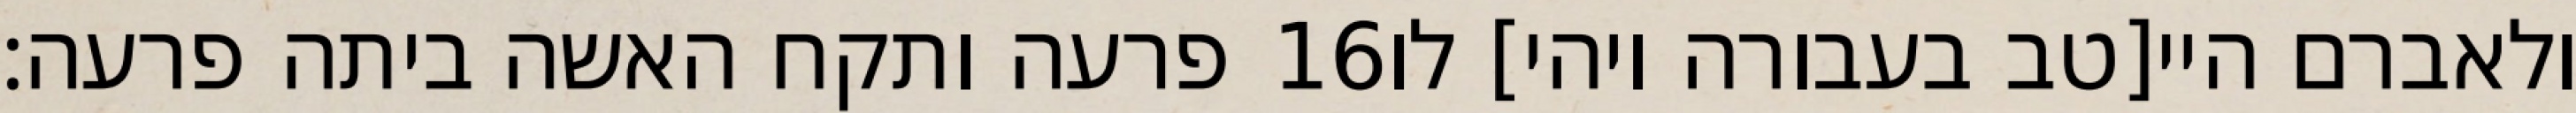
פרעה ותקח האשה ביתה פרעה׃ ‎16‏ ולאברם היי[טב בעבורה ויהי] לו